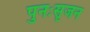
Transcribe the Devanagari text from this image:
पुनःसृजन